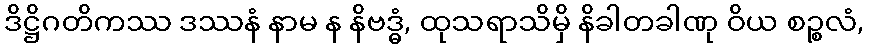
ဒိဋ္ဌိဂတိကဿ ဒဿနံ နာမ န နိဗဒ္ဓံ, ထုသရာသိမှိ နိခါတခါဏု ဝိယ စဉ္စလံ,